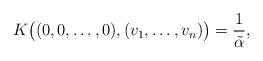
LaTeX: \begin{align*}K \big((0, 0, \ldots, 0), (v_1, \ldots,v_n) \big)= \frac{1}{\tilde{\alpha}},\end{align*}